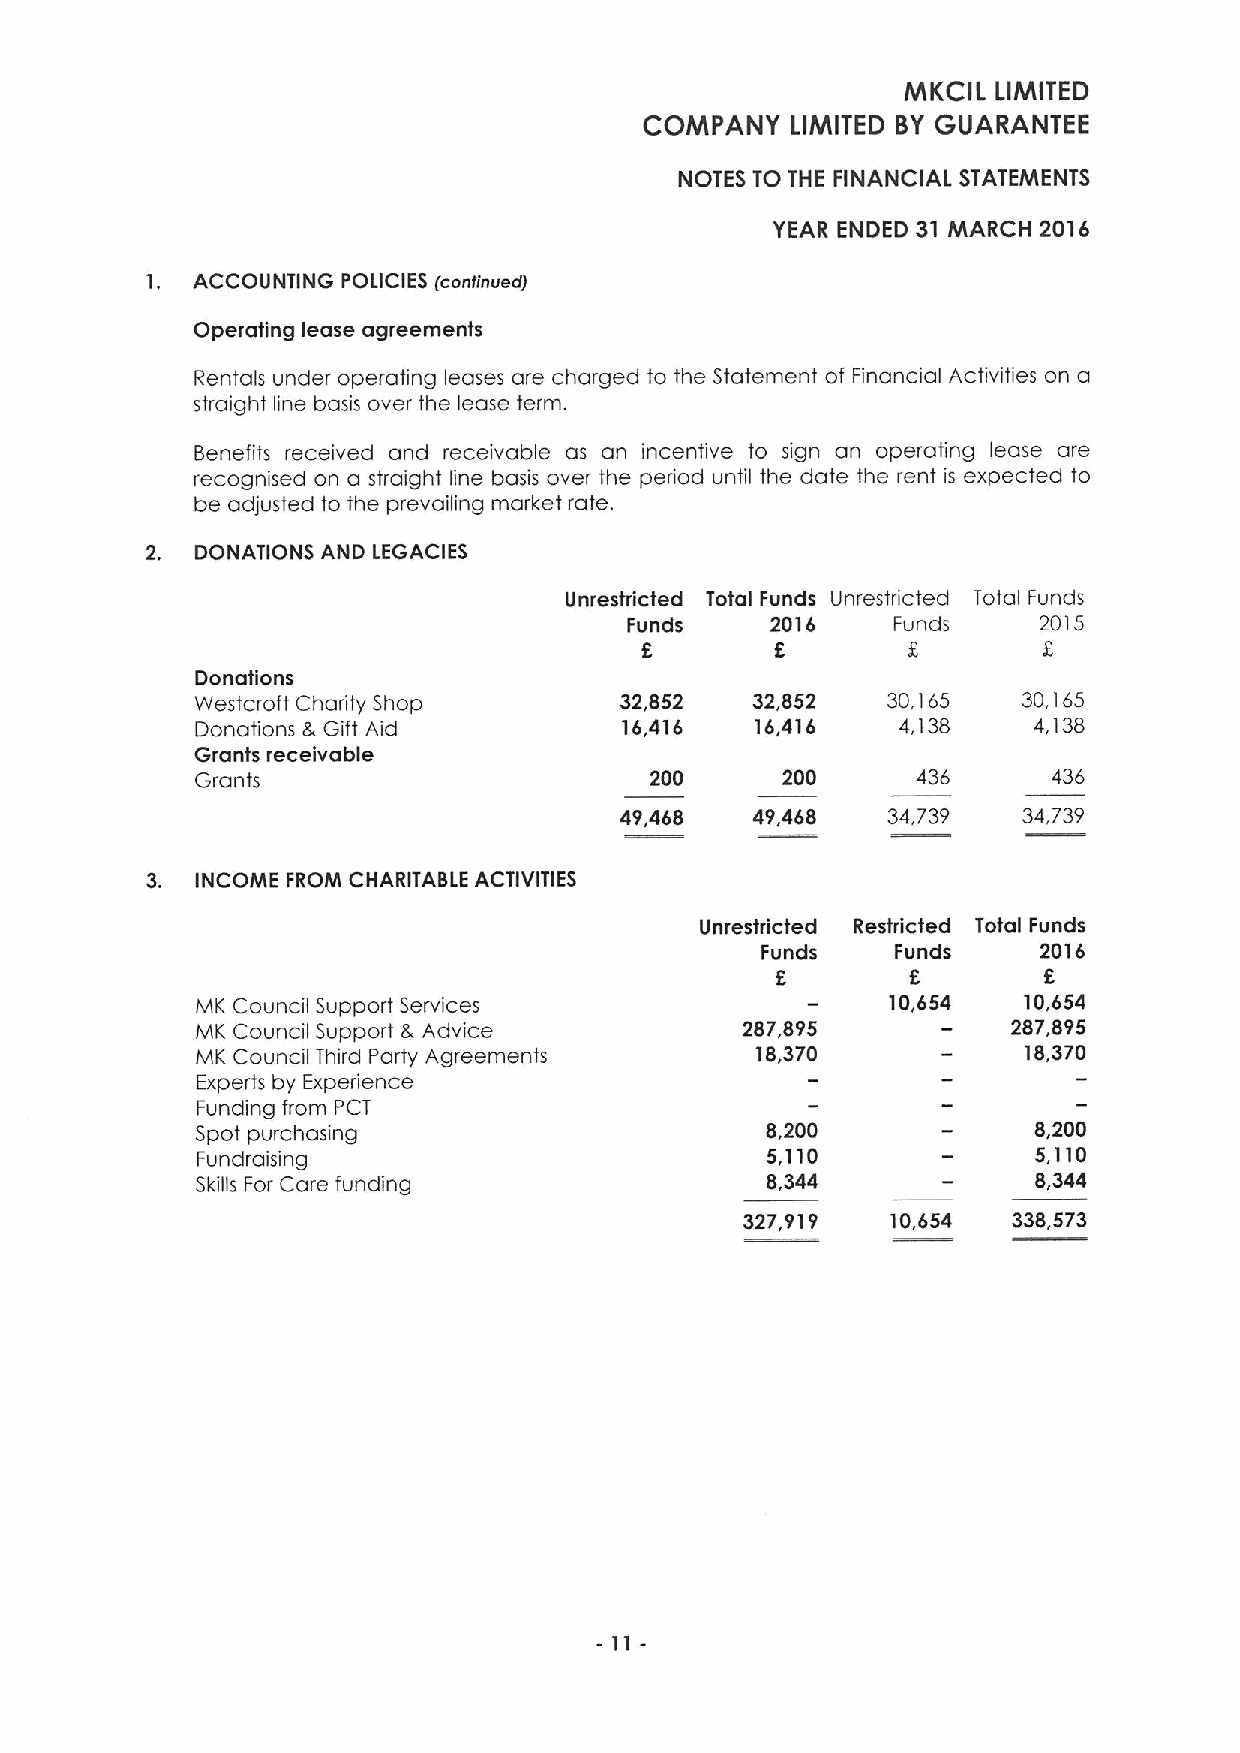
MKCIL LIMITED
 COMPANY  LIMITED BY GUARANTEE
 NOTES TO THE FINANCIAL STATEMENTS
 YEAR ENDED 31 MARCH 2016
 1, ACCOUNTING POLICIES (continued)
 Operating lease agreements
 Rentals under operating leases are charged to the Statement of Financial Activities on a
 straight line basis over the lease term.
 Benefits received and receivable as an incentive to sign an operating lease are
 recognised on a straight line basis over the period until the date the rent is expected to
 be adjusted to the prevailing market rate.
 2. DONATIONS AND LEGACIES
 Unrestdicted Total Funds Unrestricted Total Funds
 Funds    2016    Funds     2015
 8        8                 5
 Donations
 Westcroft Charity Shop      32,852   32,852   30,165   30,165
 Donations 8, Gift Aid       16,416   16,416   4,138    4,138
 Grants receivable
 Grants                        200      200      436      436
 49,468   49,468   34,739   34,739
 3. INCOME FROM CHARITABLE ACTIVITIES
 Unrestricted Restricted Total Funds
 Funds    Funds     2016
 5        8
 MK Council Support Services                   10,654   10,654
 MK Council Support (k Advice        287,895           287,895
 MK Council Third Party Agreements    18,370            18,370
 Experts by Experience
 Funding from PCT
 Spot purchasing                       8,200            8,200
 Fundraising
 5,110             5,110
 Skills For Care funding               8,344             8,344
 327,919   10,654  338,573
 -11